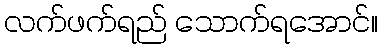
လက်ဖက်ရည် သောက်ရအောင်။